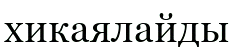
хикаялайды